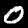
Digit: 0